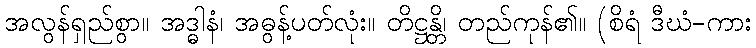
အလွန်ရှည်စွာ။ အဒ္ဓါနံ၊ အဓွန့်ပတ်လုံး။ တိဋ္ဌန္တိ၊ တည်ကုန်၏။ (စိရံ ဒီဃံ-ကား